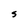
Character: S